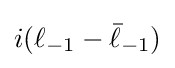
i(\ell _{-1}-{\bar {\ell }}_{-1})